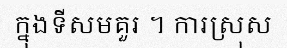
ក្នុងទីសមគួរ ។ ការស្រុស